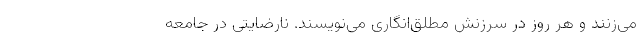
می‌زنند و هر روز در سرزنش مطلق‌انگاری می‌نویسند. نارضایتی در جامعه